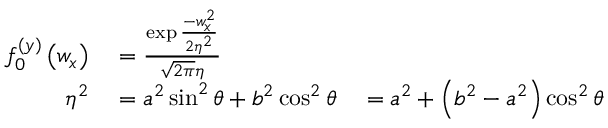
\begin{array} { r l } { f _ { 0 } ^ { ( y ) } \left( w _ { x } \right) } & { { } = \frac { \exp \frac { - w _ { x } ^ { 2 } } { 2 \eta ^ { 2 } } } { \sqrt { 2 \pi } \eta } } \\ { \eta ^ { 2 } } & { { } = a ^ { 2 } \sin ^ { 2 } \theta + b ^ { 2 } \cos ^ { 2 } \theta \quad = a ^ { 2 } + \left( b ^ { 2 } - a ^ { 2 } \right) \cos ^ { 2 } \theta } \end{array}